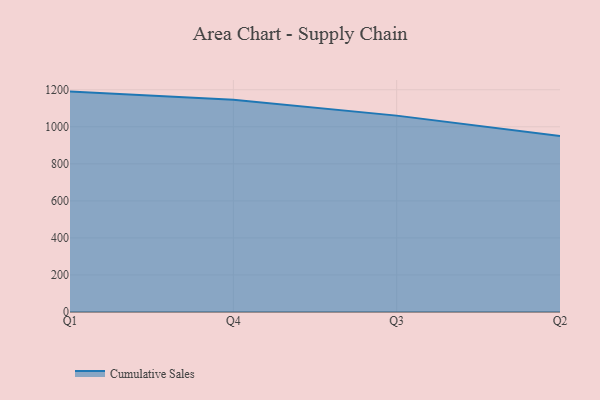
{"axis": {"x": "Quarter", "y": "Temperature (°C)"}, "legend": ["Cumulative Sales"], "data": [{"x": "Q1", "y": 1189.9, "type": "Cumulative Sales"}, {"x": "Q4", "y": 1145.8, "type": "Cumulative Sales"}, {"x": "Q3", "y": 1060.2, "type": "Cumulative Sales"}, {"x": "Q2", "y": 949.8, "type": "Cumulative Sales"}]}